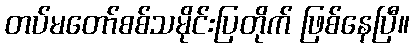
တပ်မတော်စစ်သမိုင်းပြတိုက် ဖြစ်နေပြီ။